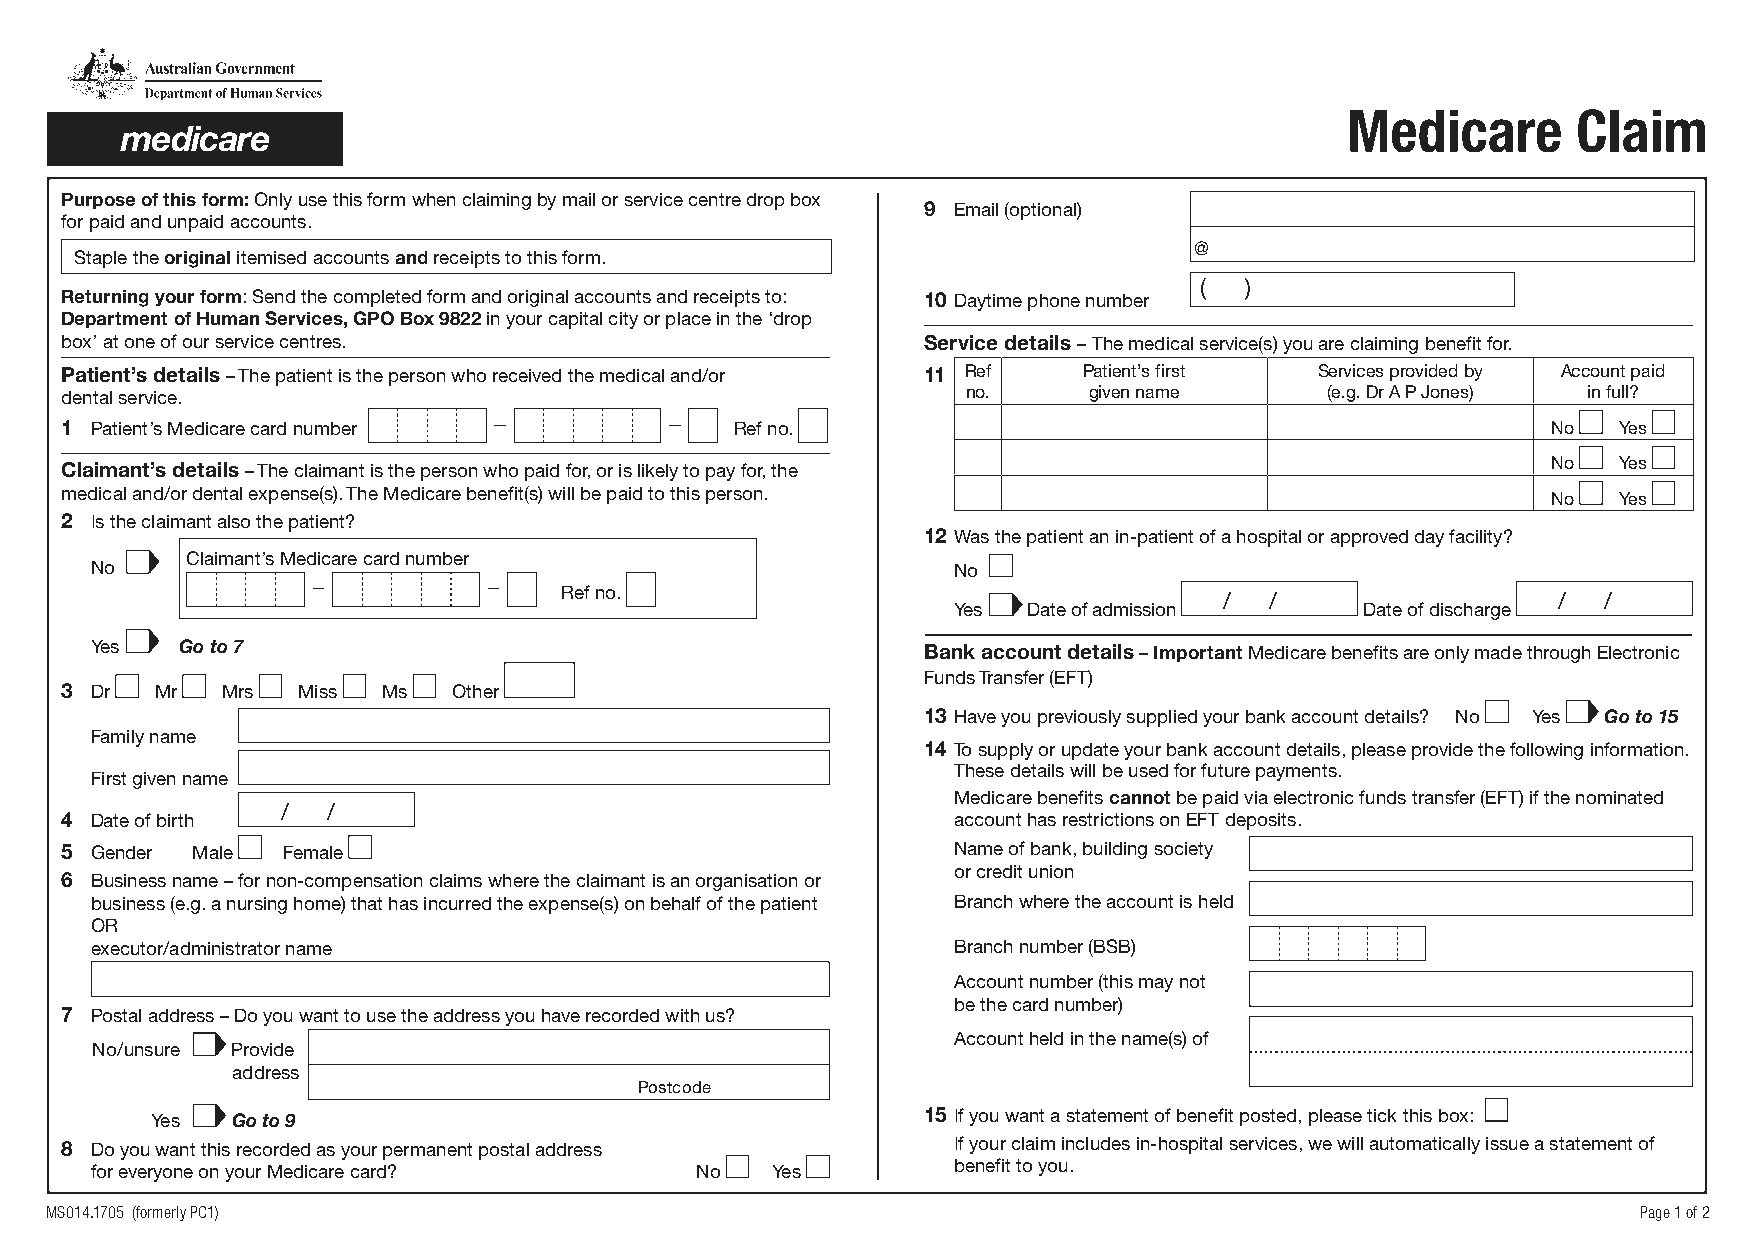
Medicare       Claim
 Purpose of this form: Only use this form when claiming by mail or service centre drop box
 9 Email (optional)
 for paid and unpaid accounts.
 @
 Staple the original itemised accounts and receipts to this form.
 (  )
 Returning your form: Send the completed form and original accounts and receipts to: 10 Daytime phone number
 Department of Human Services, GPO Box 9822 in your capital city or place in the ‘drop
 box’ at one of our service centres.                      Service details – The medical service(s) you are claiming benefit for.
 Patient’s details – The patient is the person who received the medical and/or 11 Ref Patient’s first Services provided by Account paid
 dental service.                                             no.     given name      (e.g. Dr A P Jones) in full?
 1 Patient’s Medicare card number             Ref no.                                               No  Yes
 Claimant’s details – The claimant is the person who paid for, or is likely to pay for, the         No  Yes
 medical and/or dental expense(s). The Medicare benefit(s) will be paid to this person.             No  Yes
 2 Is the claimant also the patient?
 12 Was the patient an in-patient of a hospital or approved day facility?
 Claimant’s Medicare card number
 No                                                       No
 Ref no.
 /  /                  /  /
 Yes  Date of admission     Date of discharge
 Yes   Go to 7                                          Bank account details – Important Medicare benefits are only made through Electronic
 Funds Transfer (EFT)
 3 Dr  Mr   Mrs  Miss Ms   Other
 13 Have you previously supplied your bank account details? No Yes Go to 15
 Family name
 14 To supply or update your bank account details, please provide the following information.
 These details will be used for future payments.
 First given name
 Medicare benefits cannot be paid via electronic funds transfer (EFT) if the nominated
 /  /
 4 Date of birth                                            account has restrictions on EFT deposits.
 5 Gender Male  Female                                      Name of bank, building society
 or credit union
 6 Business name – for non-compensation claims where the claimant is an organisation or
 business (e.g. a nursing home) that has incurred the expense(s) on behalf of the patient Branch where the account is held
 OR
 executor/administrator name                              Branch number (BSB)
 Account number (this may not
 be the card number)
 7 Postal address – Do you want to use the address you have recorded with us?
 Account held in the name(s) of
 No/unsure Provide
 address
 Postcode
 Yes  Go to 9                                       15 If you want a statement of benefit posted, please tick this box:
 8 Do you want this recorded as your permanent postal address If your claim includes in-hospital services, we will automatically issue a statement of
 for everyone on your Medicare card?     No   Yes         benefit to you.
 MS014.1705 (formerly PC1)                                                                                 Page 1 of 2